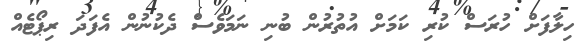
ހިލާފަށް ހުރަސް ކުރި ކަމަށް އުތުރުން ބުނި ނަމަވެސް ދެކުނުން އެފަދަ ރިޕޯޓެއް